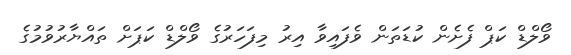
ވޯލްޑް ކަޕް ފެށެން ކުޑަތަން ވެފައިވާ އިރު މިފަހަރުގެ ވޯލްޑް ކަޕަށް ތައްޔާރުވުމުގެ